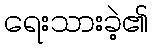
ရေးသားခဲ့၏